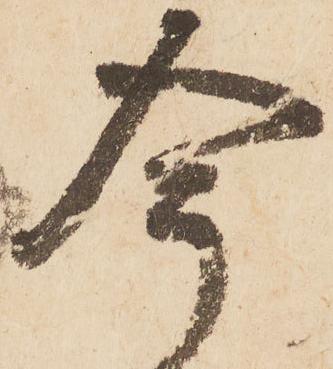
今